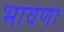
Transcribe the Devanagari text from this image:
भावणा